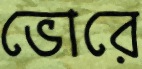
ভোরে